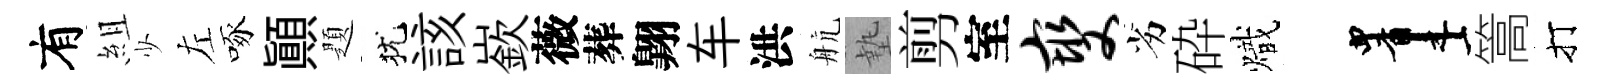
有組少左啄顚題犹該嶔薇葬翺车洪航墊剪室燮劣砕熾画篙打